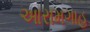
આરામગાહ